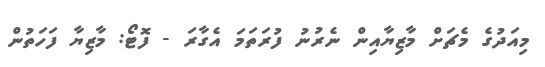
މިއަދުގެ މެޗަށް މާޒިޔާއިން ނެރުނު ފުރަތަމަ އެގާރަ - ފޮޓޯ: މާޒިޔާ ފަހަތުން